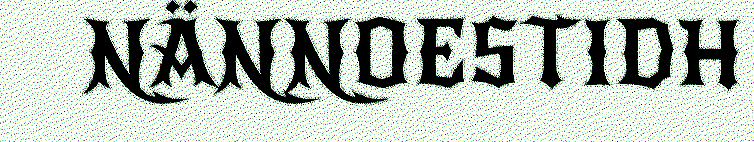
NÄNNOESTIDH